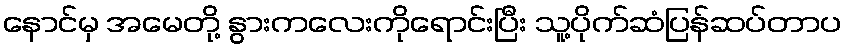
နောင်မှ အမေတို့ နွားကလေးကိုရောင်းပြီး သူ့ပိုက်ဆံပြန်ဆပ်တာပ